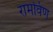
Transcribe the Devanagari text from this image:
रामविण